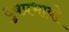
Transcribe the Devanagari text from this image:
दुषप्रभावो